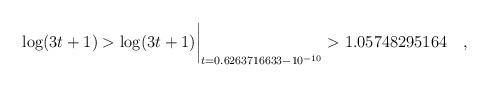
LaTeX: \begin{align*}\log(3t+1) > \log(3t+1)\biggr\rvert_{t=0.6263716633 - 10^{-10}} > 1.05748295164\quad , \end{align*}